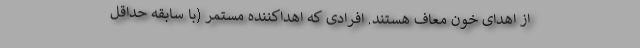
از اهدای خون معاف هستند. افرادی که اهداکننده مستمر (با سابقه حداقل